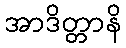
အာဒိတ္တာနိ